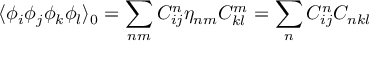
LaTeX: \langle \phi _ { i } \phi _ { j } \phi _ { k } \phi _ { l } \rangle _ { 0 } = \sum _ { n m } C _ { i j } ^ { n } \eta _ { n m } C _ { k l } ^ { m } = \sum _ { n } C _ { i j } ^ { n } C _ { n k l }